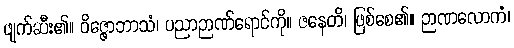
ဖျက်ဆီး၏။ ဝိဇ္ဇောဘာသံ၊ ပညာဉာဏ်ရောင်ကို။ ဇနေတိ၊ ဖြစ်စေ၏။ ဉာဏလောကံ၊